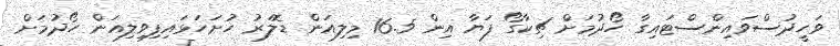
ވަހީދުސްވައިންސްޓައިގާ ހޯދުމަށް ޗިކާގޯ ފަޔާ އިން 16.5 މިލިއަން ޑޮލަރު ހުށަހަޅައިފިވިލިއަން ހޯދުމަށް